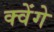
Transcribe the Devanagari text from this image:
क्वेंगे